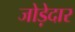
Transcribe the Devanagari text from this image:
जोड़ेदार